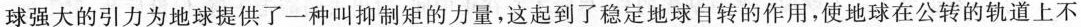
球强大的引力为地球提供了一种叫抑制矩的力量，这起到了稳定地球自转的作用。使地球在公转的航道上不